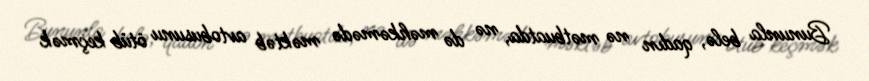
Bununla belə, qadın nə mətbuatda, nə də məhkəmədə məktəb avtobusunu ötüb keçmək